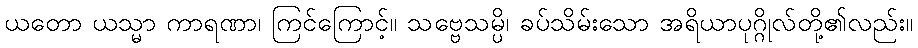
ယတော ယသ္မာ ကာရဏာ၊ ကြင်ကြောင့်။ သဗ္ဗေသမ္ပိ၊ ခပ်သိမ်းသော အရိယာပုဂ္ဂိုလ်တို့၏လည်း။